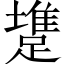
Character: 𨄟